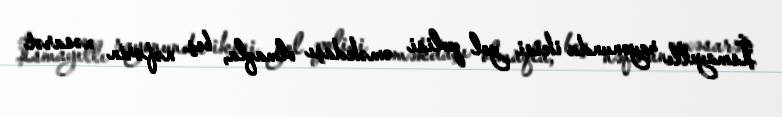
İsmayıllı rayonunda ikisi yol polisi əməkdaşı olmaqla, beş nəfərin xəsarət